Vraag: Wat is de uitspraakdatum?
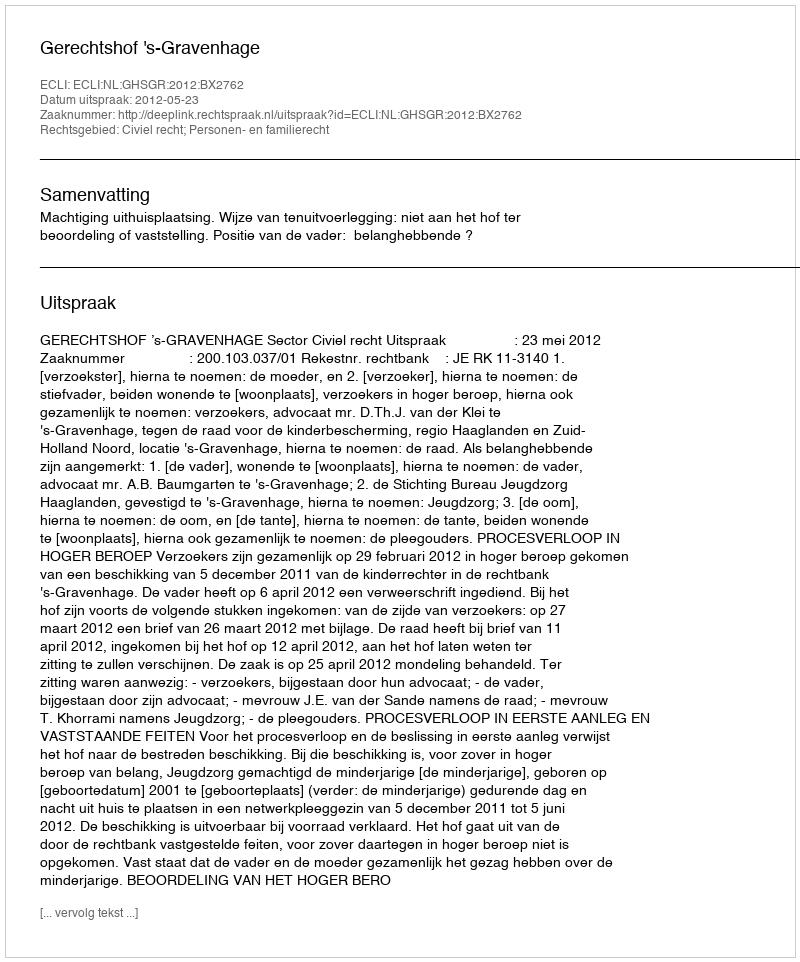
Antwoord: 2012-05-23